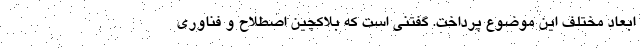
ابعاد مختلف این موضوع پرداخت. گفتنی است که بلاکچین اصطلاح و فناوری